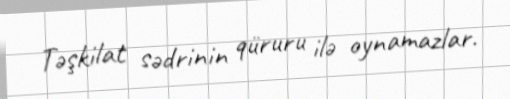
Təşkilat sədrinin qüruru ilə oynamazlar.